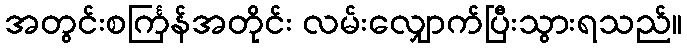
အတွင်းစင်္ကြန်အတိုင်း လမ်းလျှောက်ပြီးသွားရသည်။